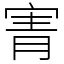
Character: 寈